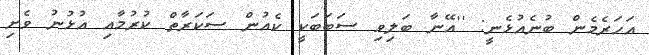
އަހަރެމެން ބުނެއުޅެނީ: ''އޭނާ ބަލިވި ސަބަބަކީ ކެއުން ސަކަރާތް ކުރުމާއި އުޅުނު ވެށި